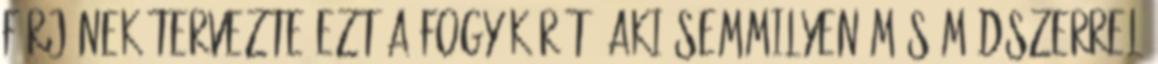
férjének tervezte ezt a fogyókúrát, aki semmilyen más módszerrel